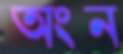
অংন